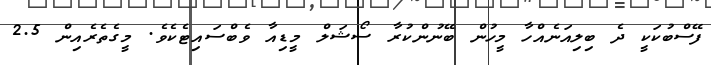
ފޭސްބުކަކީ ދެ ބިލިއަނެއްހާ މީހުން ބޭނުންކުރާ ސޯޝަލް މީޑިއާ ވެބްސައިޓެކެވެ. މީގެތެރެއިން 2.5